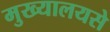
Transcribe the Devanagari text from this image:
मुख्यालयसे